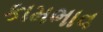
કામભાવ